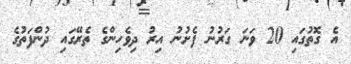
އެ ގޮތުގައި 20 ވަނަ ގަރުނު ފެށުނު އިރު ދިވެހިންގެ ތެރޭގައި ދުންފަތުގެ